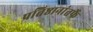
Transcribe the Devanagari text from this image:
प्रतिष्ठानांतर्फे